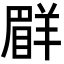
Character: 𦎨